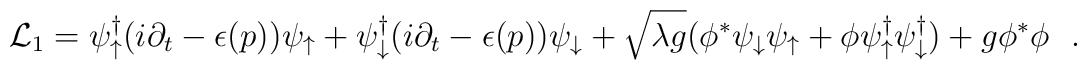
{\cal  L}_1 =  \psi^\dagger_\uparrow  (i  \partial_t  -  \epsilon (p))\psi_\uparrow   +  \psi^\dagger_\downarrow  (i  \partial_t - \epsilon (p))\psi_\downarrow   + \sqrt{\lambda g}(\phi^*\psi_\downarrow \psi_\uparrow +\phi \psi_\uparrow^\dagger \psi^\dagger_\downarrow) +g \phi^* \phi\, \, \, \, .